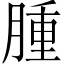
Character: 腫